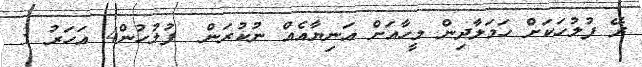
ރޭ ފުލުހަކަށް ހަމަލާދިން މީހާއަށް އަނިޔާއެއް ނުކުރަން  ފުލުހުން4 އަހަރު 3